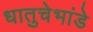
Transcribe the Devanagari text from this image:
धातुचेभांडे